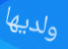
ولديها